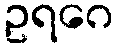
ဥရဂေ